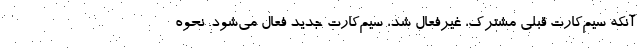
آنکه سیم‌کارت قبلی مشترک، غیرفعال شد، سیم‌کارت جدید فعال می‌شود. نحوه